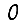
Digit: 0